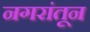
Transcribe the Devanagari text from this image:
नगरांतून